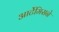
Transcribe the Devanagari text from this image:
आर्टेमिसने